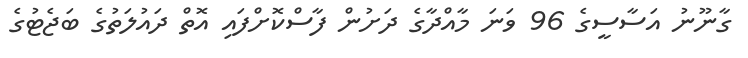
ގާނޫނު އަސާސީގެ 96 ވަނަ މާއްދާގެ ދަށުން ފާސްކޮށްފައި އޮތް ދައުލަތުގެ ބަޖެޓުގެ